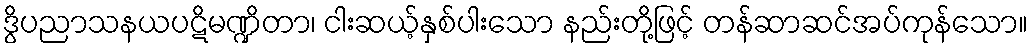
ဒွိပညာသနယပဋိမဏ္ဍိတာ၊ ငါးဆယ့်နှစ်ပါးသော နည်းတို့ဖြင့် တန်ဆာဆင်အပ်ကုန်သော။